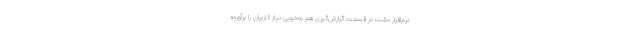
نرم‌افزار دشت در قسمت گزارش‌گیری هم به‌خوبی نیاز کاربران را برآورده